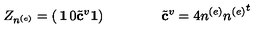
Z _ { n ^ { ( e ) } } = \left( \begin{matrix} { { \bf 1 } } & { 0 } \\ { { { \tilde { \bf c } } ^ { v } } } & { { \bf 1 } } \\ \end{matrix} \right) \qquad \qquad { \tilde { \bf c } } ^ { v } = 4 n ^ { ( e ) } { n ^ { ( e ) } } ^ { t }